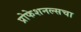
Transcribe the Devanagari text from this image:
प्रोफेशनल्सचा